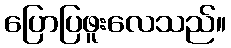
ပြောပြဖူးလေသည်။